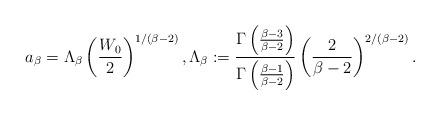
LaTeX: \begin{align*}a_{\beta} = \Lambda_{\beta} \left(\frac{W_{0}}{2}\right)^{1/(\beta-2)}, \Lambda_{\beta} := \frac{\Gamma\left(\frac{\beta-3}{\beta-2}\right)}{\Gamma\left(\frac{\beta-1}{\beta-2}\right)}\left(\frac{2}{\beta-2}\right)^{2/(\beta-2)}.\end{align*}